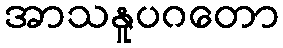
အာသနူပဂတော